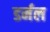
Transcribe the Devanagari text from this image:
डर्मल